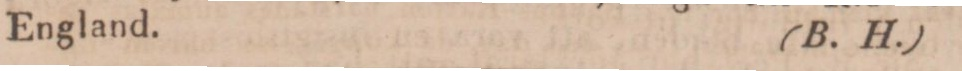
England.    (B. H.)